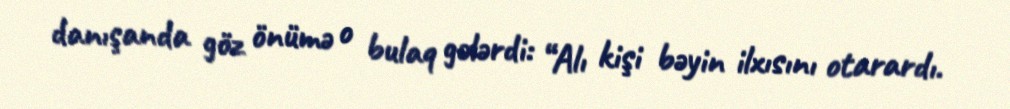
danışanda göz önümə o bulaq gələrdi: “Alı kişi bəyin ilxısını otarardı.